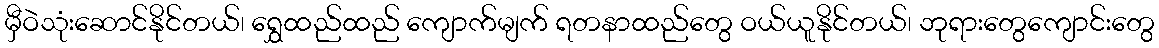
မှီဝဲသုံးဆောင်နိုင်တယ်၊ ရွှေထည်ထည် ကျောက်မျက် ရတနာထည်တွေ ဝယ်ယူနိုင်တယ်၊ ဘုရားတွေကျောင်းတွေ